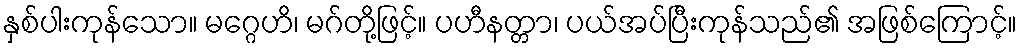
နှစ်ပါးကုန်သော။ မဂ္ဂေဟိ၊ မဂ်တို့ဖြင့်။ ပဟီနတ္တာ၊ ပယ်အပ်ပြီးကုန်သည်၏ အဖြစ်ကြောင့်။